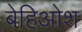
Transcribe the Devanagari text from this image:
बेहिओश